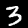
Label: 3